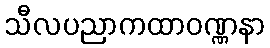
သီလပညာကထာဝဏ္ဏနာ